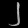
Digit: ၂